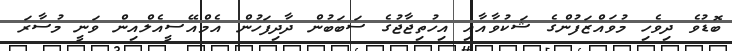
ބޮޑުވެ ދިވެހި މުވައްޒަފުންގެ ޝަކުވާއާއި އިހުތިޖާޖުގެ ސަބަބުން ދާދިފަހުން އެމްއޭސީއެލްއިން ވަނީ މުސާރަ